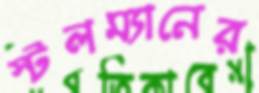
স্টলম্যানের